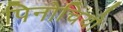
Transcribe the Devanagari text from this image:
पिनोचियो